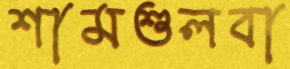
শামশুলবা